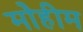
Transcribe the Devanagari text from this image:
मोेहीम